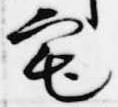
宅